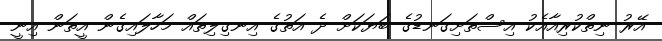
އޭރު ނިތްކުރިއާއެކު އިސްތަށިގަނޑުގެ ބަޔަކަށް ދެ އަތުގެ އިނގިލިތައް މަހާލައިގެން އީތަން އިނީ